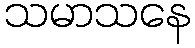
သမာသနေ